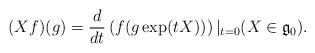
LaTeX: \begin{align*} (Xf)(g) = \frac{d}{dt}\left( f(g\exp(tX))\right)|_{t=0} (X\in {\mathfrak g}_0).\end{align*}